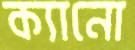
ক্যানো